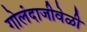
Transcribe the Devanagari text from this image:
गोलंदाजीवेळी